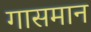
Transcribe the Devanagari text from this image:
गासमान